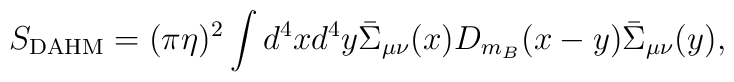
S_{\rm DAHM}=(\pi\eta)^2\int d^4xd^4y\bar\Sigma_{\mu\nu}(x)D_{m_B}(x-y)\bar\Sigma_{\mu\nu}(y),